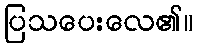
ပြသပေးလေ၏။